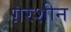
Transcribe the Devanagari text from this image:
ग़रशीन